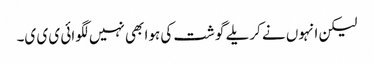
لیکن انہوں نے کریلے گوشت کی ہوا بھی نہیں لگوائی ی ی ی۔